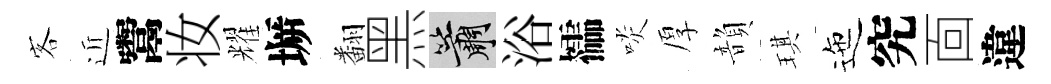
客近鬻妆耀󶱲翻黑簫浴櫺啖厚韻琪迤究靣違